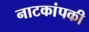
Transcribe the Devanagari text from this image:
नाटकांपकी